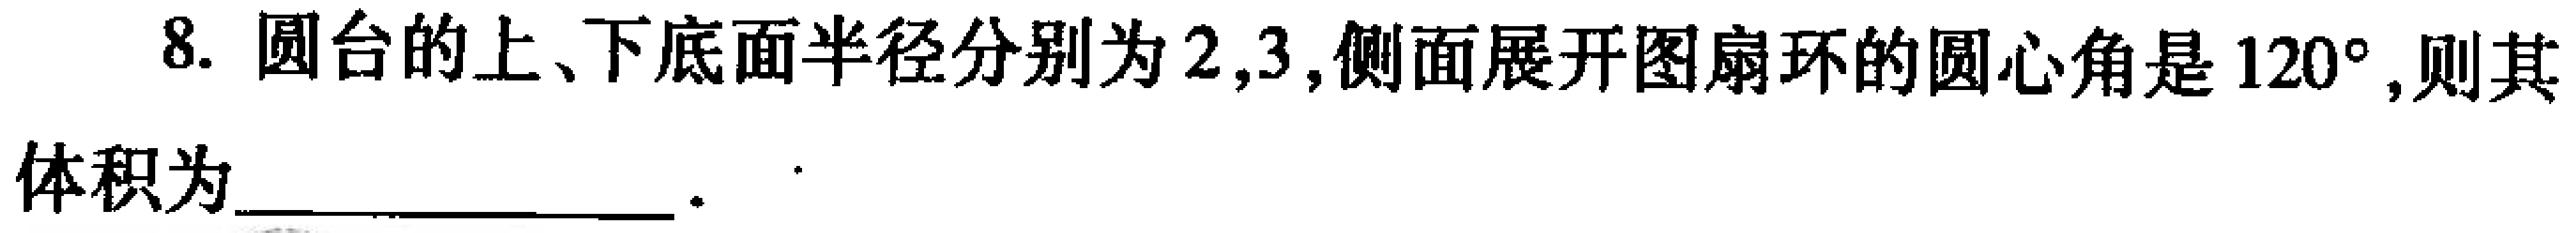
8. 圆台的上、下底面半径分别为\(2,3\)，侧面展开图扇环的圆心角是\(120^{\circ}\)，则其
体积为_________________.